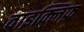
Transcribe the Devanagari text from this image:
वाइक्लिफ़